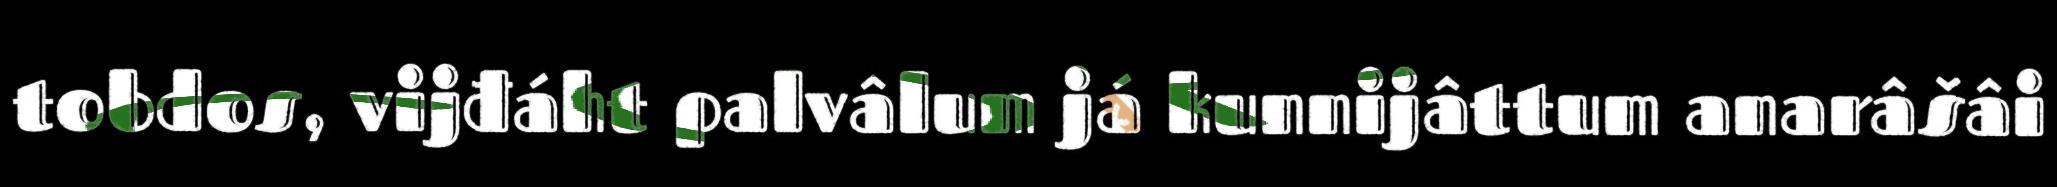
tobdos, vijđáht palvâlum já kunnijâttum anarâšâi